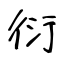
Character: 衍